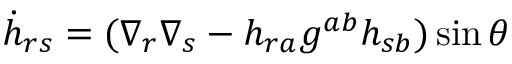
{ \dot { h } } _ { r s } = ( \nabla _ { r } \nabla _ { s } - h _ { r a } g ^ { a b } h _ { s b } ) \sin \theta